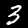
Digit: 3